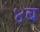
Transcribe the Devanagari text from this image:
४ब